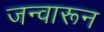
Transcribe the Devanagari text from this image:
जन्वारून